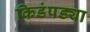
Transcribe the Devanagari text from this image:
किडंपड्या